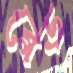
ব্লেড